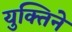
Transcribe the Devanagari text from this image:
युक्तिने